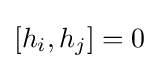
\left[h_{i},h_{j}\right]=0\